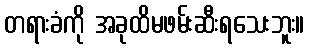
တရားခံကို အခုထိမဖမ်းဆီးရသေးဘူး။